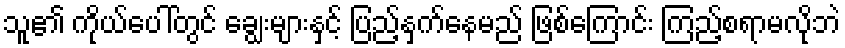
သူ၏ ကိုယ်ပေါ်တွင် ချွေးများနှင့် ပြည့်နှက်နေမည် ဖြစ်ကြောင်း ကြည့်စရာမလိုဘဲ